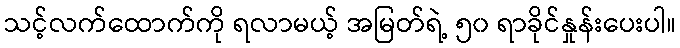
သင့်လက်ထောက်ကို ရလာမယ့် အမြတ်ရဲ့ ၅၀ ရာခိုင်နှုန်းပေးပါ။